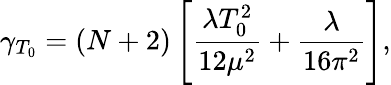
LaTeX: \gamma_{T_{0}}=(N+2)\left[\frac{\lambda T_{0}^{2}}{12\mu^{2}}+\frac{\lambda}{16\pi^{2}}\right],